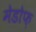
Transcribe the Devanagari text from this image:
मेडोफ़